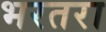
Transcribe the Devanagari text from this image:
भरतरा